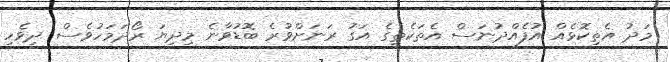
މަދު އެތިކޮޅެއް އުފެއްދުނަސް އެތަކެތީގެ އަގު ރަނަށްވުރެ ބޮޑުވާނެ މިދިޔަ ރޯދަމަހުވެސް ދިވެހި